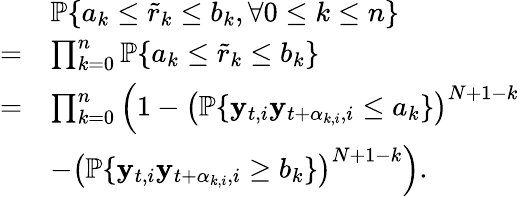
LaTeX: \begin{array}{rl}&{\mathbb{P}\{ a_{k}\leq\tilde{r}_{k}\leq b_{k},\forall 0\leq k\leq n\} }\\ {=}&{\prod_{k=0}^{n}\mathbb{P}\{ a_{k}\leq\tilde{r}_{k}\leq b_{k}\} }\\ {=}&{\prod_{k=0}^{n}\left(1-\left(\mathbb{P}\{ \mathbf{y}_{t,i}\mathbf{y}_{t+\alpha_{k,i},i}\leq a_{k}\} \right)^{N+1-k}\right.}\\ &{\left.-\left(\mathbb{P}\{ \mathbf{y}_{t,i}\mathbf{y}_{t+\alpha_{k,i},i}\geq b_{k}\} \right)^{N+1-k}\right).}\end{array}